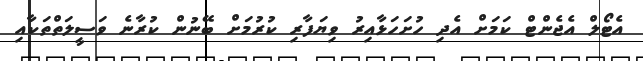
އެޓޯލް އެޖެންޓް ކަމަށް އެދި ހުށަހަޅާއިރު ވިޔަފާރި ކުރުމަށް ބޭނުން ކުރާނެ ވަސީލަތްތަކާއި